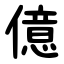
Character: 億